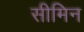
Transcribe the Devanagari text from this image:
सीमिन